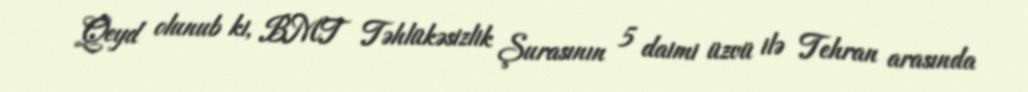
Qeyd olunub ki, BMT Təhlükəsizlik Şurasının 5 daimi üzvü ilə Tehran arasında